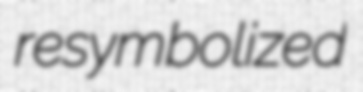
resymbolized